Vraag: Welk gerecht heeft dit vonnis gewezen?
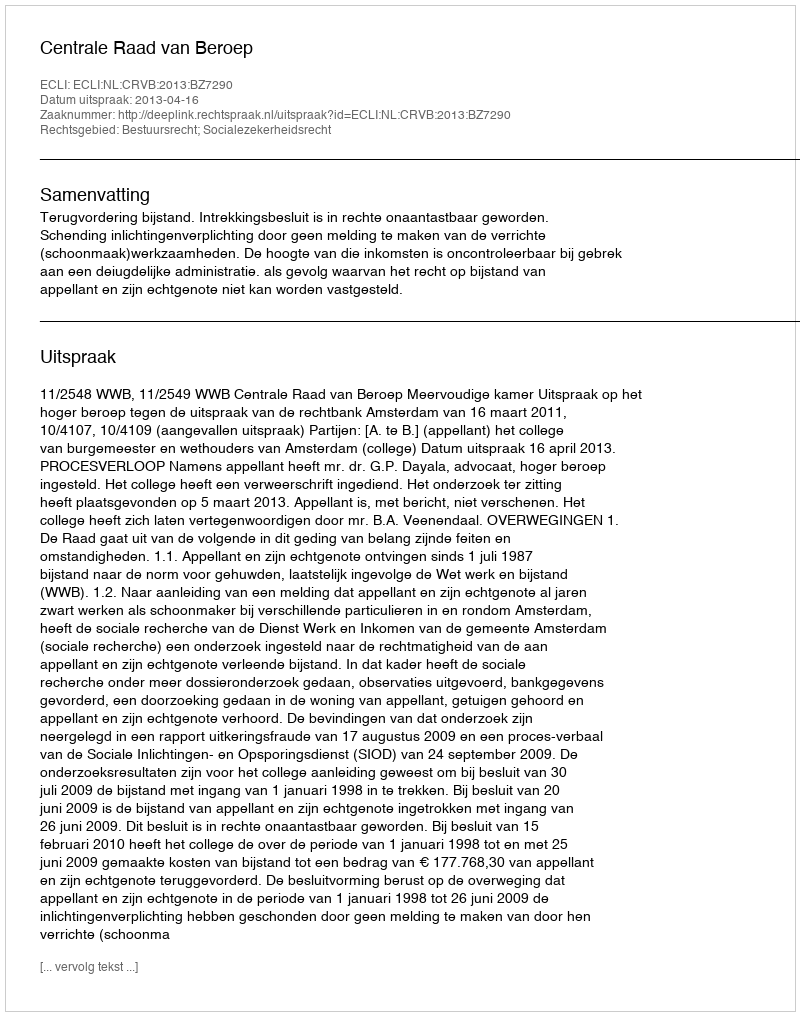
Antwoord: Centrale Raad van Beroep